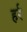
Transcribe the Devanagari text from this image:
हर्र